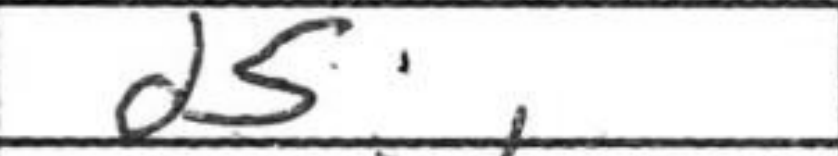
Transcription: d5